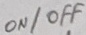
Text: ON/OFF